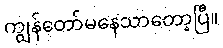
ကျွန်တော်မနေသာတော့ပြီ။